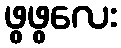
ဖွဖွလေး